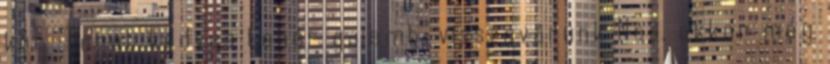
kör. Tehát kedves fehér galamb, visszavárunk Nos, akkor még